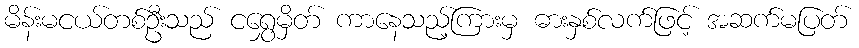
မိန်းမငယ်တစ်ဦးသည် ငရွှေမှိတ် ကာနေသည့်ကြားမှ ဓားနှစ်လက်ဖြင့် အဆက်မပြတ်